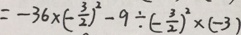
= - 3 6 \times ( - \frac { 3 } { 2 } ) ^ { 2 } - 9 \div ( - \frac { 3 } { 2 } ) ^ { 2 } \times ( - 3 )